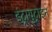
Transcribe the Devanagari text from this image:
इंट्रायुट्राइन